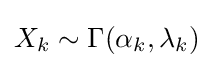
X_{k}\sim \Gamma (\alpha _{k},\lambda _{k})